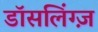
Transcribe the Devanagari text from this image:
डॉसलिंग्ज़